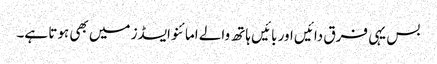
بس یہی فرق دائیں اور بائیں ہاتھ والے امائنو ایسڈز میں بھی ہوتا ہے۔